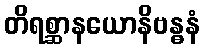
တိရစ္ဆာနယောနိဗန္ဓနံ